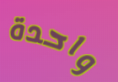
واحدة